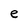
Character: e